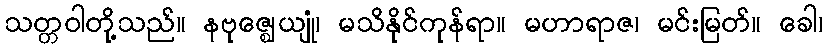
သတ္တဝါတို့သည်။ နဗုဇ္ဈေယျုံ၊ မသိနိုင်ကုန်ရာ။ မဟာရာဇ၊ မင်းမြတ်။ ခေါ၊